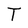
Character: T